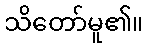
သိတော်မူ၏။